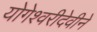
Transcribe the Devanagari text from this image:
योगेश्वरीदेवीने